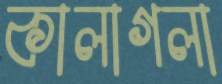
কালাগলা